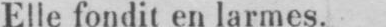
Elle fondit en larmes.